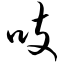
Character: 吱